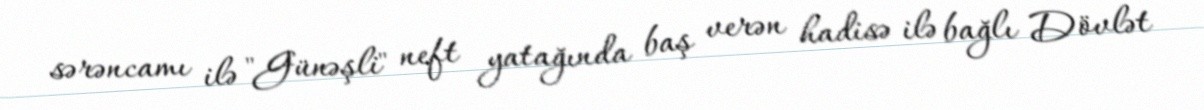
sərəncamı ilə "Günəşli" neft yatağında baş verən hadisə ilə bağlı Dövlət